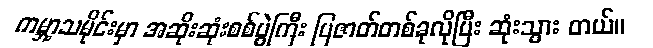
ကမ္ဘာ့သမိုင်းမှာ အဆိုးဆုံးစစ်ပွဲကြီး ပြဇာတ်တစ်ခုလိုပြီး ဆုံးသွား တယ်။